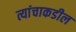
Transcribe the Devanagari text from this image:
त्यांचाकडील